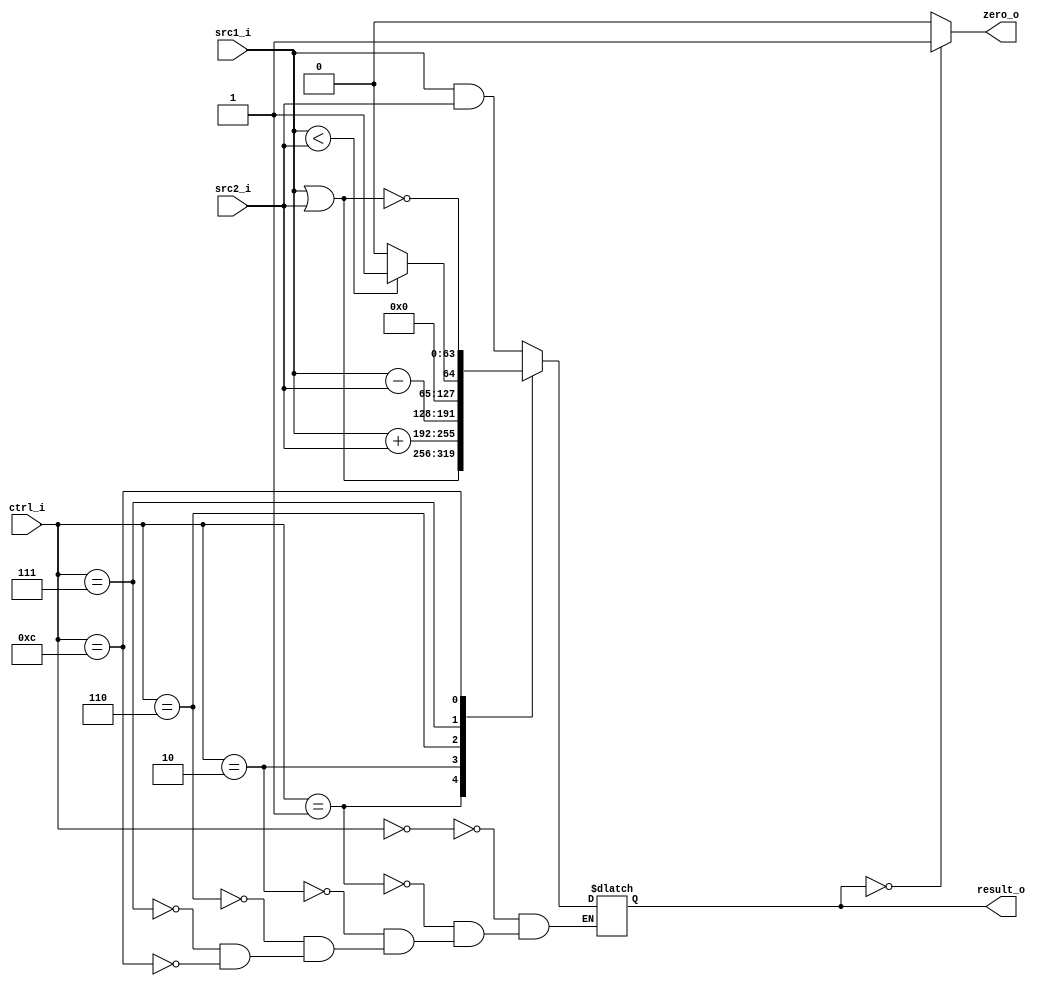
module ALU(
    src1_i,
	src2_i,
	ctrl_i,
	result_o,
	zero_o
	);
     
//I/O ports
input  signed [64-1:0]  src1_i;
input  signed [64-1:0]	src2_i;
input  [4-1:0]   ctrl_i;

output [64-1:0]	 result_o;
output           zero_o;

//Internal signals
reg    [64-1:0]  result_o;
wire             zero_o;

wire [64-1:0] src2_i_2scomplement;
wire [64-1:0] sub_result;

//Parameter
assign zero_o = (result_o == 0)? 1'b1:1'b0;

//Main function
always@(*) begin
	case(ctrl_i)
		4'b0000: result_o = src1_i & src2_i;
		4'b0001: result_o = src1_i | src2_i;
		4'b0010: result_o = src1_i + src2_i;
		4'b0110: result_o = src1_i - src2_i;	
		4'b0111: result_o = (src1_i < src2_i)?64'd1:64'd0;
		//4'b1111: result_o = (sub_result[63] == 1'b1)?1'b1:1'b0;
		4'b1100: result_o = ~(src1_i|src2_i);
		default: begin end
	endcase
end

	
	
endmodule